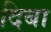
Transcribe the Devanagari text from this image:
दिबा